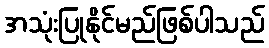
အသုံးပြုနိုင်မည်ဖြစ်ပါသည်